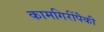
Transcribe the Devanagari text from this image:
कामगिरींपैकी